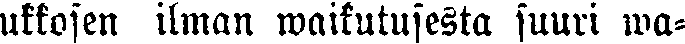
ukkosen ilman waikutusesta suuri wa-